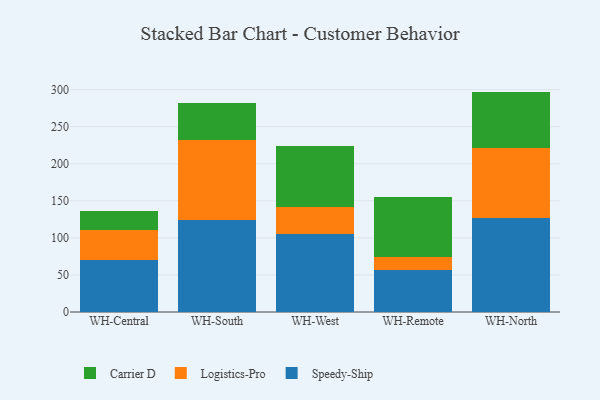
{"axis": {"x": "Warehouse", "y": "Budget (USD K)"}, "legend": ["Carrier D", "Logistics-Pro", "Speedy-Ship"], "data": [{"x": "WH-Central", "y": 70.6, "type": "Speedy-Ship"}, {"x": "WH-Central", "y": 39.6, "type": "Logistics-Pro"}, {"x": "WH-Central", "y": 26.1, "type": "Carrier D"}, {"x": "WH-South", "y": 124.4, "type": "Speedy-Ship"}, {"x": "WH-South", "y": 107.5, "type": "Logistics-Pro"}, {"x": "WH-South", "y": 50.4, "type": "Carrier D"}, {"x": "WH-West", "y": 105.6, "type": "Speedy-Ship"}, {"x": "WH-West", "y": 36.0, "type": "Logistics-Pro"}, {"x": "WH-West", "y": 82.2, "type": "Carrier D"}, {"x": "WH-Remote", "y": 57.1, "type": "Speedy-Ship"}, {"x": "WH-Remote", "y": 16.6, "type": "Logistics-Pro"}, {"x": "WH-Remote", "y": 81.9, "type": "Carrier D"}, {"x": "WH-North", "y": 127.4, "type": "Speedy-Ship"}, {"x": "WH-North", "y": 93.6, "type": "Logistics-Pro"}, {"x": "WH-North", "y": 76.4, "type": "Carrier D"}]}